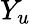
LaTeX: Y_{u}